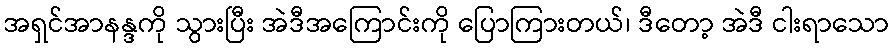
အရှင်အာနန္ဒကို သွားပြီး အဲဒီအကြောင်းကို ပြောကြားတယ်၊ ဒီတော့ အဲဒီ ငါးရာသော